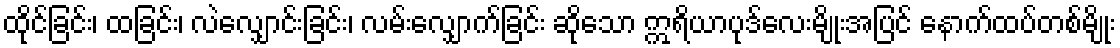
ထိုင်ခြင်း၊ ထခြင်း၊ လဲလျှောင်းခြင်း၊ လမ်းလျှောက်ခြင်း ဆိုသော ဣရိယာပုဒ်လေးမျိုးအပြင် နောက်ထပ်တစ်မျိုး